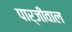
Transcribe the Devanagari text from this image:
पार्जीवाल